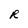
Character: R